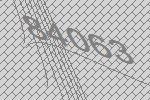
84063